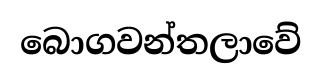
බොගවන්තලාවේ